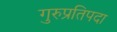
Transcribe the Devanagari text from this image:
गुरुप्रतिपदा